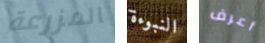
المزرعة النبوءة أعرف